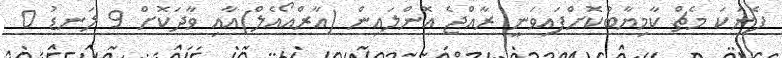
ފެނަކަ މެޗް ކާމިޔާބުކޮށްފައިވަނީ ރާއްޖެ އޮންލައިން (އާރްއޯއެލް)އާއި ވާދަކޮށް 9 ލަނޑު 0